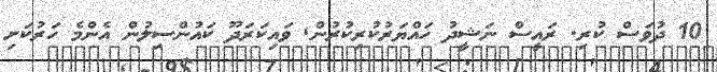
10 ދުވަސް ކުރި. ރައީސް ނަޝީދު ހައްޔަރުކުރިކުރުން